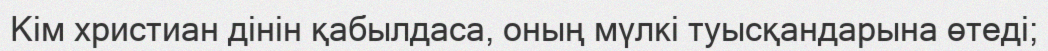
Кім христиан дінін қабылдаса, оның мүлкі туысқандарына өтеді;